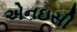
એનઇસી